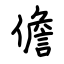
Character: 儋